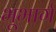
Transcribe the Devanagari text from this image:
भूभार्ग